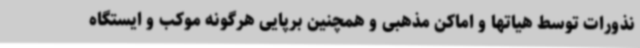
نذورات توسط هیاتها و اماکن مذهبی و همچنین برپایی هرگونه موکب و ایستگاه